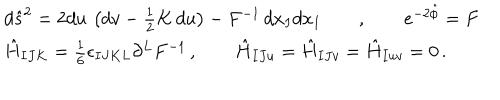
LaTeX: \begin{array} { l } { { d { \hat { s } } ^ { 2 } = 2 d u \, \left( d v - \frac { 1 } { 2 } K \, d u \right) - F ^ { - 1 } \, d x _ { I } d x _ { I } \qquad , \qquad e ^ { - 2 \hat { \phi } } = F } } \\ { { \hat { H } _ { I J K } = \frac { 1 } { 6 } \epsilon _ { I J K L } \partial ^ { L } F ^ { - 1 } \, , \qquad \hat { H } _ { I J u } = \hat { H } _ { I J v } = \hat { H } _ { I u v } = 0 \, . } } \\ \end{array}